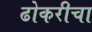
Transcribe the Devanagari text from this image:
ढोकरीचा